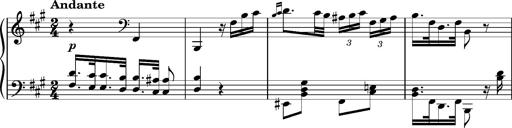
Title: Ungarischer Romanzero
Composer: Franz Liszt